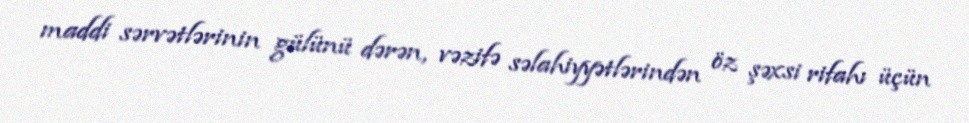
maddi sərvətlərinin gülünü dərən, vəzifə səlahiyyətlərindən öz şəxsi rifahı üçün